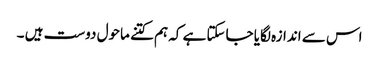
اس سے اندازہ لگایا جاسکتا ہے کہ ہم کتنے ماحول دوست ہیں ۔